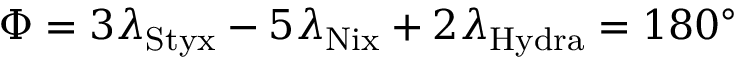
\Phi = 3 \lambda _ { \mathrm { { S t y x } } } - 5 \lambda _ { \mathrm { { N i x } } } + 2 \lambda _ { \mathrm { { H y d r a } } } = 1 8 0 ^ { \circ }